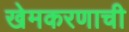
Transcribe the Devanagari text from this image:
खेमकरणाची